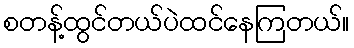
စတန့်ထွင်တယ်ပဲထင်နေကြတယ်။